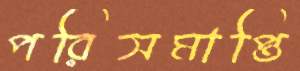
পরিসমাপ্তি